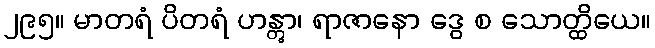
၂၉၅။ မာတရံ ပိတရံ ဟန္တွာ၊ ရာဇာနော ဒွေ စ သောတ္ထိယေ။